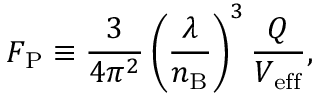
F _ { \mathrm { P } } \equiv \frac { 3 } { 4 \pi ^ { 2 } } \left( \frac { \lambda } { n _ { \mathrm { B } } } \right) ^ { 3 } \frac { Q } { V _ { \mathrm { e f f } } } ,